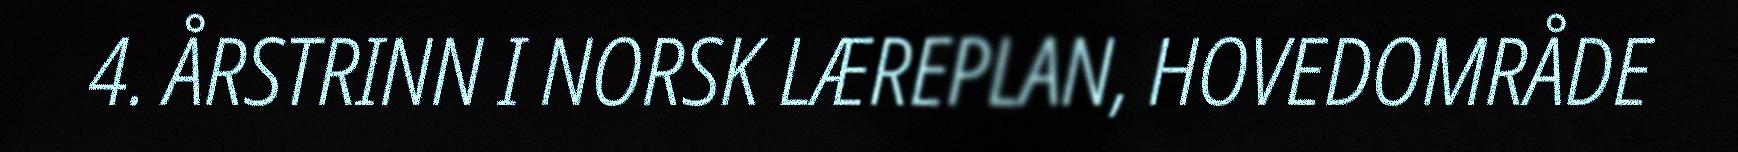
4. ÅRSTRINN I NORSK LÆREPLAN, HOVEDOMRÅDE